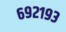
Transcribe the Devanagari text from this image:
६९२१९३